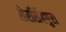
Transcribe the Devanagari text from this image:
शेरसिंहपुरा